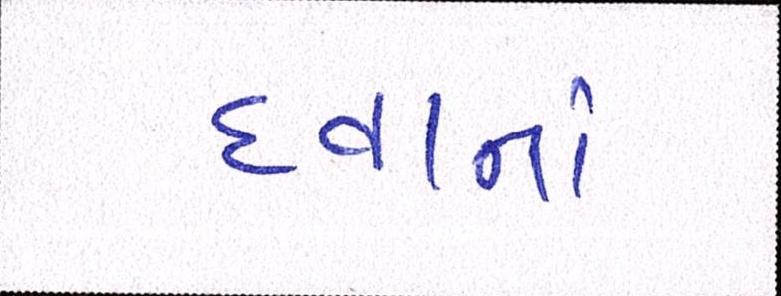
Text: દવાનાં